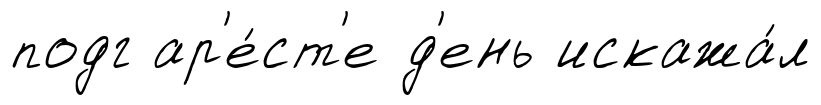
подг ар'е́ст'е д'ень искажа́л